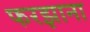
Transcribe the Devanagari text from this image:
फरझाना